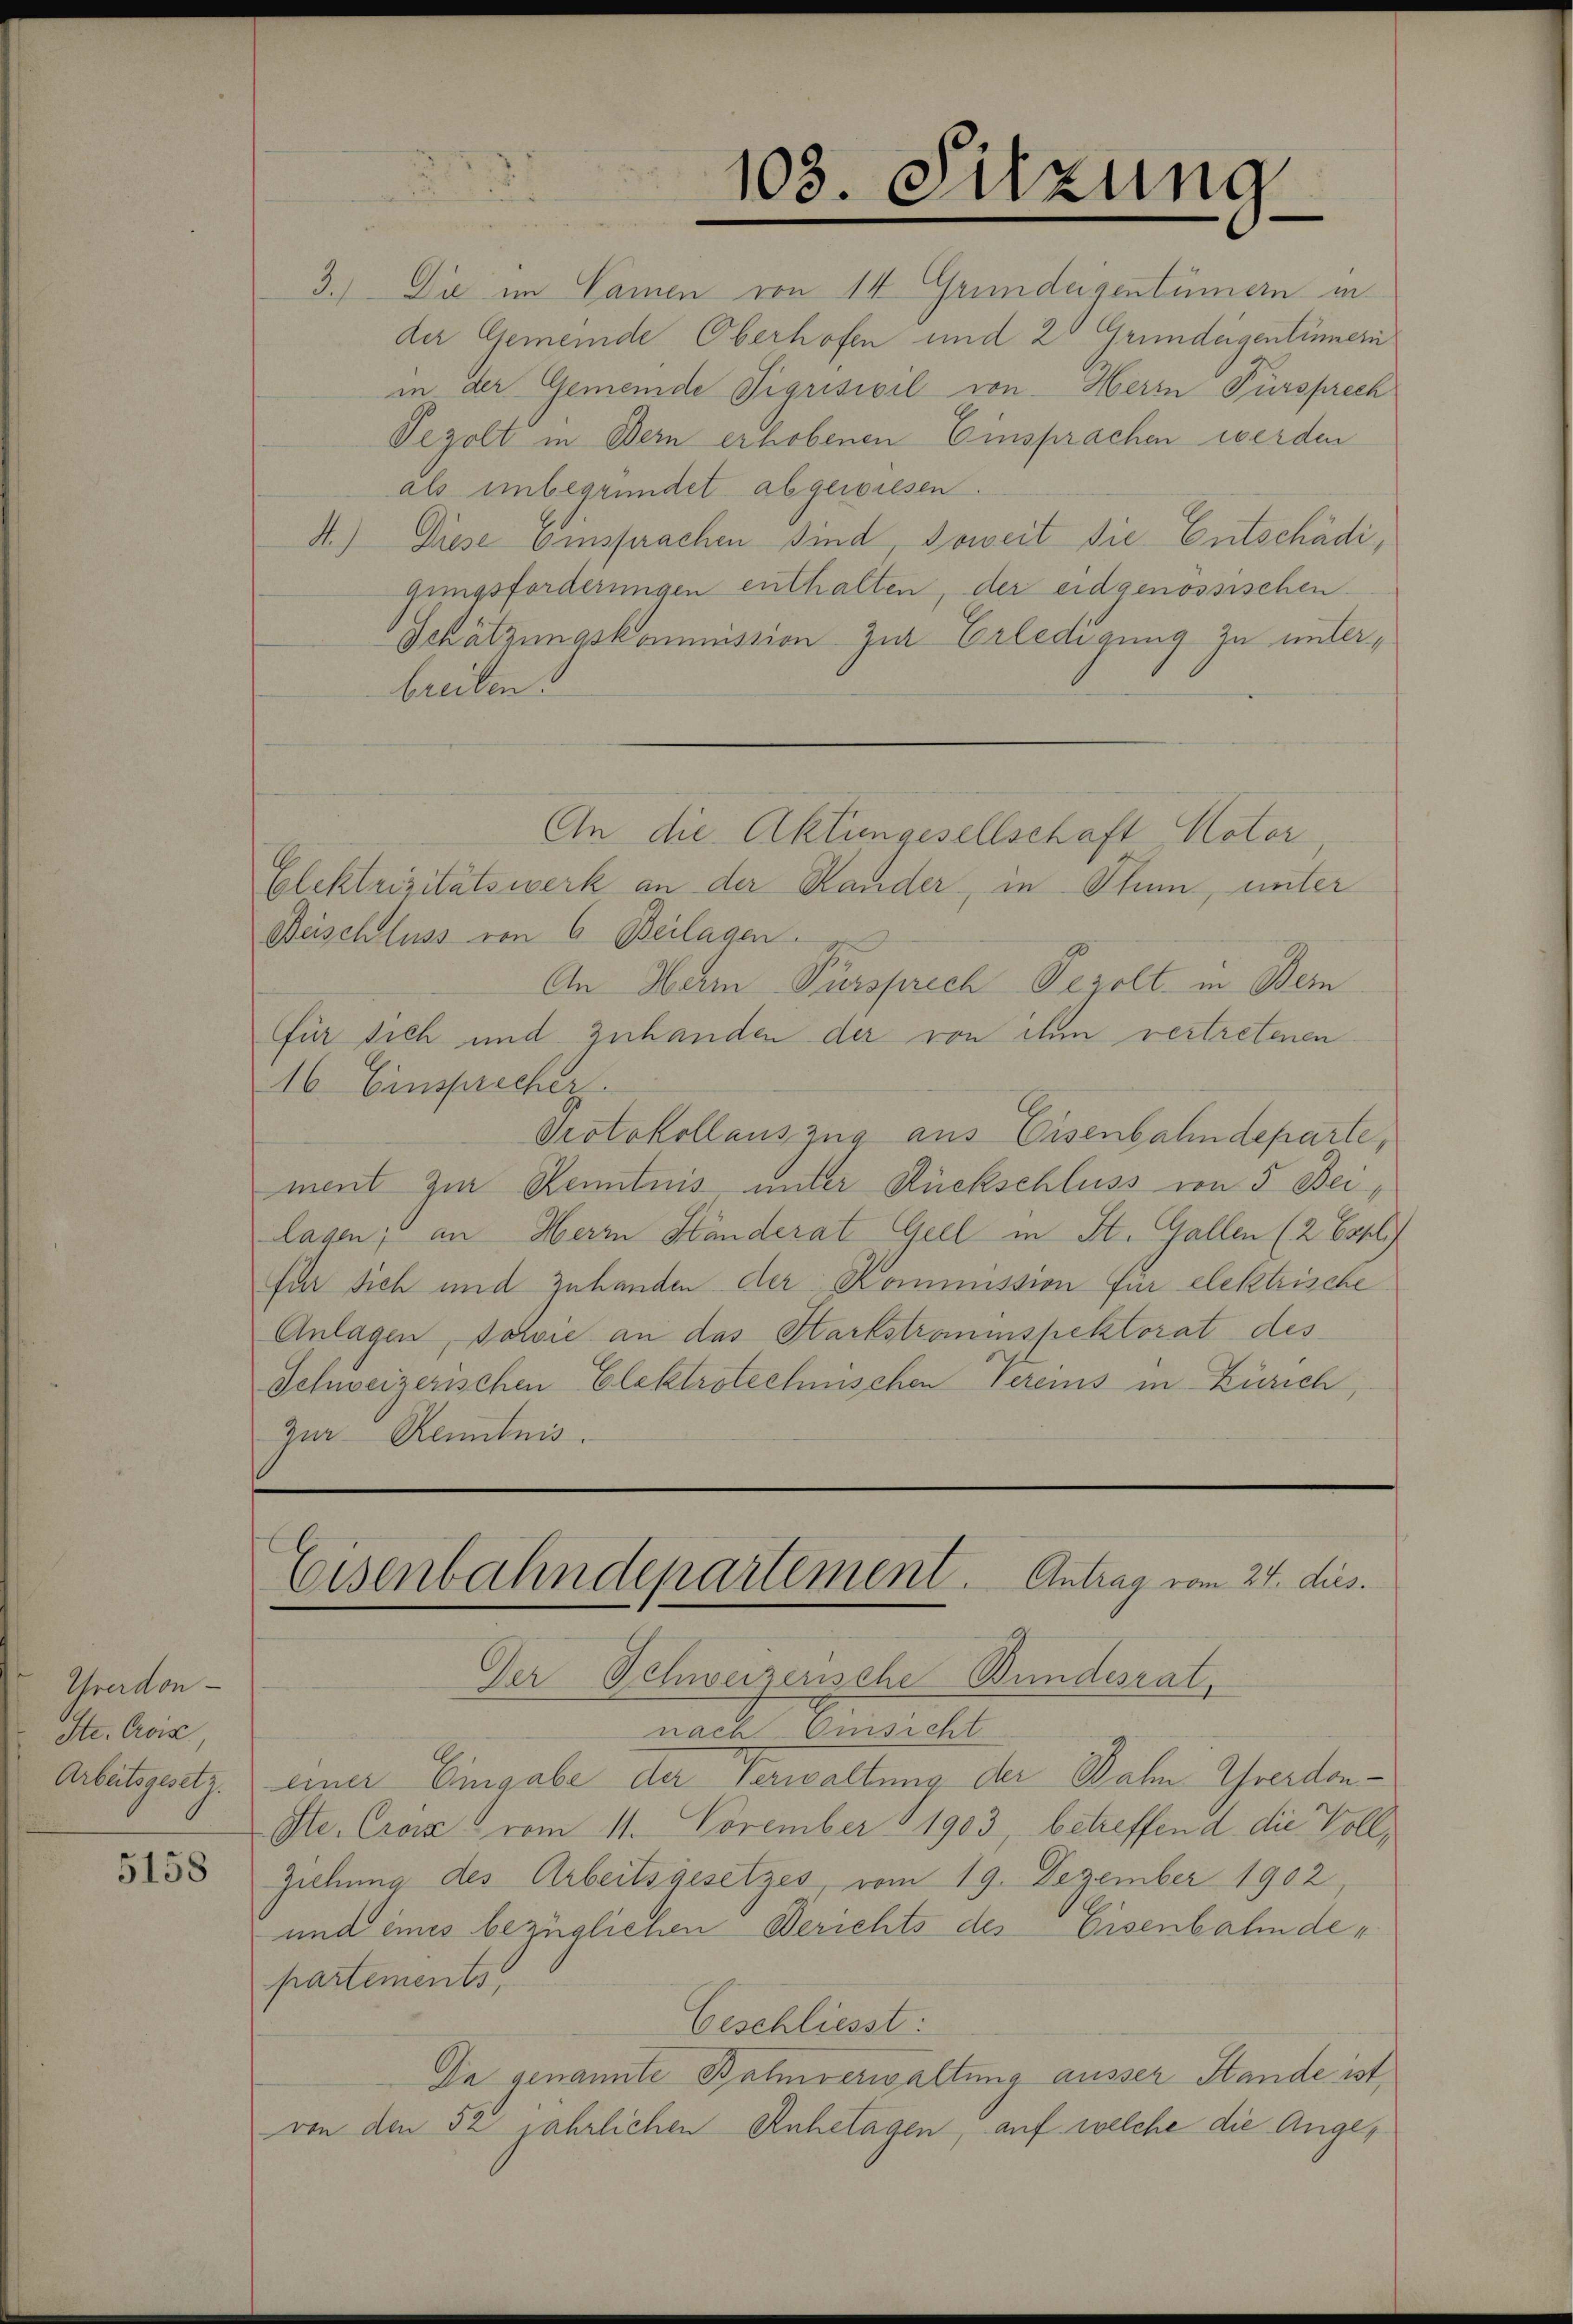
Grerdon
Ste. Crois
Arbeitsgesetz.

5158

103. Sitzung

3.) Die im Namen von 14 Grundeigentümern in
der Gemeinde Oberhofen und 20 Grundeigentümern
in der Gemeinde Sigrisivil von Herrn Fürsprech
Pezolt in Bern erhobenen Einsprachen werden
als unbegründet abgewiesen.
A.) Diese Einsprachen sind Soweit die Entschädigungsforderungen enthalten, der eidgenössischen
Schätzungskommission zur Erledigung zu unterbreiben:
An die Aktungesellschaft Notor
G
olektrizitätswerk an der Hander, in Thun, unter
Beischluss von 6 Beilagen.
An Herrn Fürsprech Pezolt in Bern
für sich und zuhanden der von ihm vertretenen
16 Einsprecher.
Protokollauszug aus Eisenbahndeparte,
ment zur Kenntnis unter Rückschluss von 5 Beilagen; an Herrn Händerat Geel in St. Gallen (2 Essli
für sich und zuhanden der Kommission für elektrische
Anlagen, sowie an das Harkstrammspektorat des
Schweizerischen Elektrotechnischen Vereins in Zürich,
Zur Kenntnis.

Eisenbahndepartement. Antrag vom 27. dies.

Der Schweizerische Bundesrat,
nach Einsicht
einer Eingabe der Verwaltung der Bahn Yverdon¬
Ste. Craz" vom 11. November 1903, betreffend die Voll¬
Ziehung des Arbeitsgesetzes, vom 19. Dezember 1902,
und eines bezüglichen Berichts der Eisenbahnder
partements,
Geschliesst:
Da genannte Balmverwaltung ausser Stande ist,
von den 52 jährlichen Anhetagen, auf welche die Ange¬